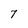
Character: 7